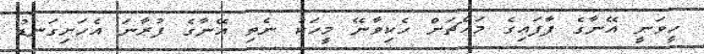
ހީވަނީ އޭނާގެ ފާފައިގެ މައްޗަށް ހެކިވާނޭ މީހަކު ނެތި އޭނާގެ ފުރާނަ އެހަށިގަނޑު